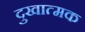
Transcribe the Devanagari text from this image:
दुखात्मक